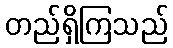
တည်ရှိကြသည်